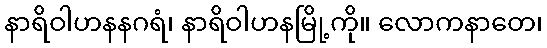
နာရိဝါဟနနဂရံ၊ နာရိဝါဟနမြို့ကို။ လောကနာတေ၊